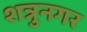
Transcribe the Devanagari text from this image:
शत्रुनगर